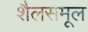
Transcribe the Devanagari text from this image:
शैलसमूल